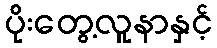
ပိုးတွေ့လူနာနှင့်